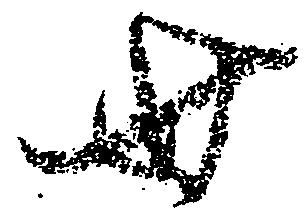
世